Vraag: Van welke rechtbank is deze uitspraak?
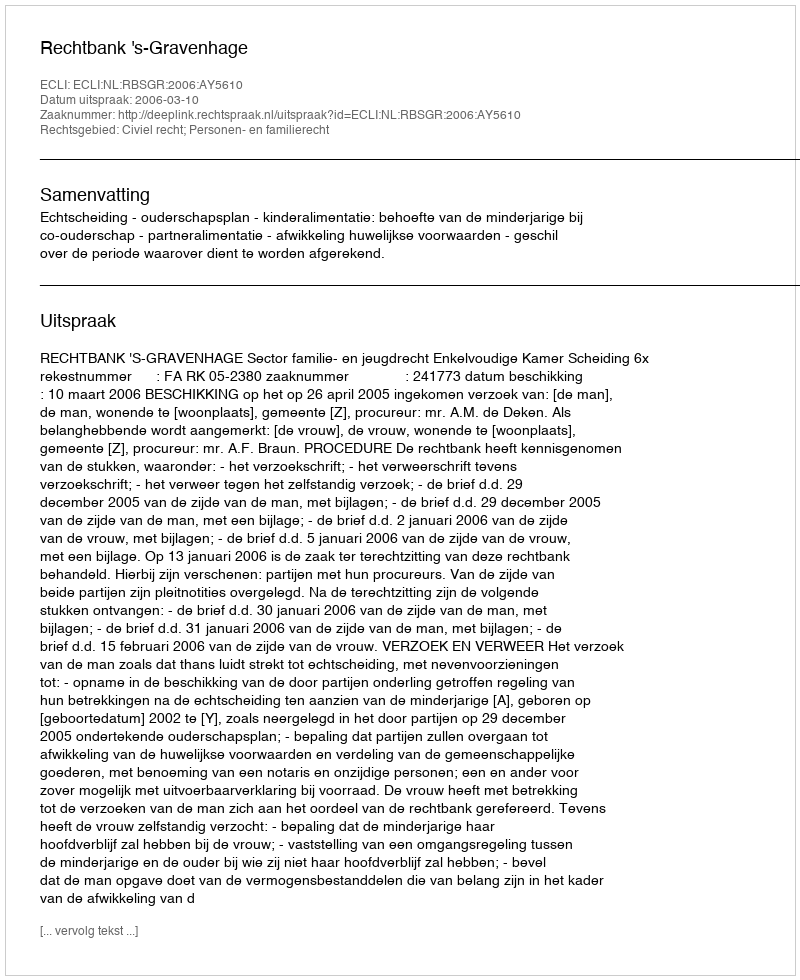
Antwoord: Rechtbank 's-Gravenhage